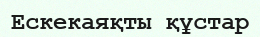
Ескекаяқты құстар